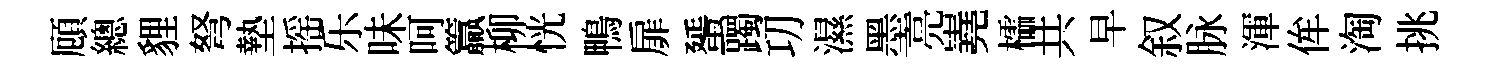
頋總貍弩墊摇乐味呵籯柳恍鴨扉蜑躅㓛濕墨亮嶤櫺共早叙脉渾侔淘挑